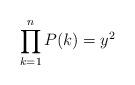
LaTeX: \begin{align*}\displaystyle\prod\limits_{k=1}^{n} P(k)=y^2\end{align*}